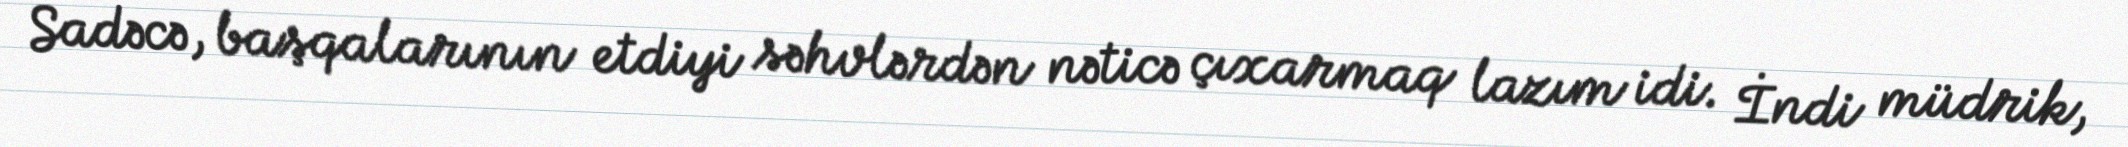
Sadəcə, başqalarının etdiyi səhvlərdən nəticə çıxarmaq lazım idi. İndi müdrik,